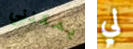
يمكنني لي